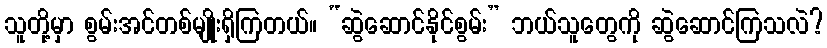
သူတို့မှာ စွမ်းအင်တစ်မျိုးရှိကြတယ်။ “ဆွဲဆောင်နိုင်စွမ်း” ဘယ်သူတွေကို ဆွဲဆောင်ကြသလဲ?